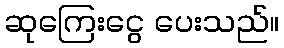
ဆုကြေးငွေ ပေးသည်။